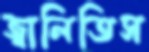
জ্বালিতিস